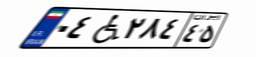
۴۴W۱۷۷۳۳